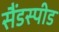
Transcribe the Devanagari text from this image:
सैंडस्‍पीड